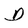
Character: D